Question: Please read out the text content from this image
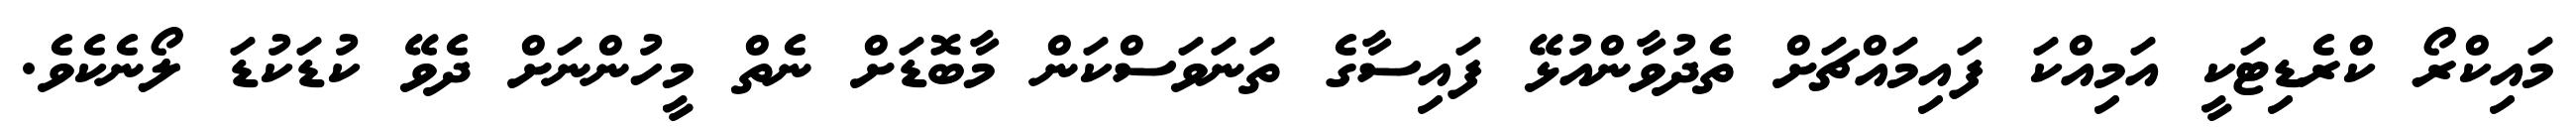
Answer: މައިކްރޯ ކްރެޑިޓަކީ އަމިއްކަ ފައިމައްޗަށް ތެދުވާންއުޅޭ ފައިސާގެ ތަނަވަސްކަން މާބޮޑަށް ނެތް މީހުންނަށް ދެވޭ ކުޑަކުޑަ ލޯނެކެވެ.